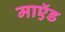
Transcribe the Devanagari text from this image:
माऍड